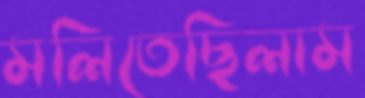
মলিতেছিলাম